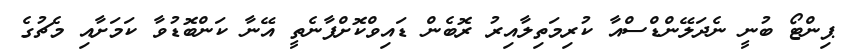
ޕިންޓޯ ބުނީ ނެދަލޭންޑްސްއާ ކުރިމަތިލާއިރު ރޮބެން ޑައިވްކޮށްފާނެތީ އޭނާ ކަންބޮޑުވާ ކަމަށާއި މެޗުގެ